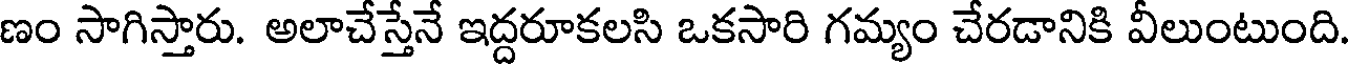
ణం సాగిస్తారు. అలాచేస్తేనే ఇద్దరూకలసి ఒకసారి గమ్యం చేరడానికి వీలుంటుంది